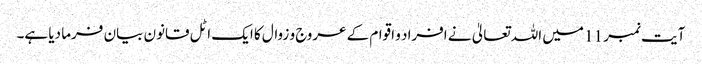
آیت نمبر 11 میں اللہ تعالیٰ نے افراد و اقوام کے عروج و زوال کا ایک اٹل قانون بیان فرما دیا ہے۔